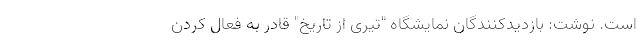
است. نوشت: بازدیدکنندگان نمایشگاه "تیری از تاریخ" قادر به فعال کردن